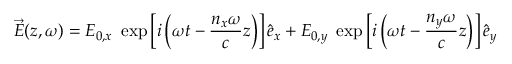
\vec { E } ( z , \omega ) = E _ { 0 , x } ~ \exp \left[ i \left( \omega t - \frac { n _ { x } \omega } { c } z \right) \right] \hat { e } _ { x } + E _ { 0 , y } ~ \exp \left[ i \left( \omega t - \frac { n _ { y } \omega } { c } z \right) \right] \hat { e } _ { y }